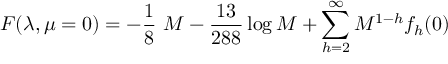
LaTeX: F ( \lambda , \mu = 0 ) = - { \frac { 1 } { 8 } } \ M - { \frac { 1 3 } { 2 8 8 } } \log M + \sum _ { h = 2 } ^ { \infty } M ^ { 1 - h } f _ { h } ( 0 )